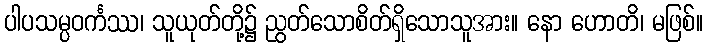
ပါပသမ္ပဝင်္ကဿ၊ သူယုတ်တို့၌ ညွတ်သောစိတ်ရှိသောသူအား။ နော ဟောတိ၊ မဖြစ်။